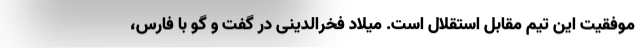
موفقیت این تیم مقابل استقلال است. میلاد فخرالدینی در گفت و گو با فارس،